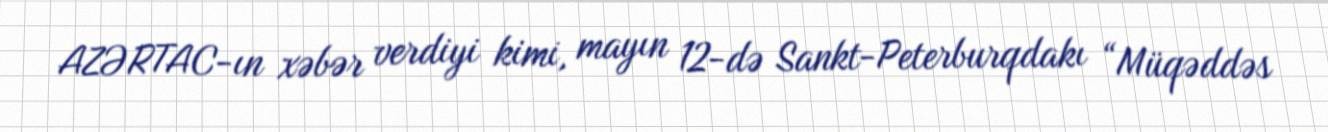
AZƏRTAC-ın xəbər verdiyi kimi, mayın 12-də Sankt-Peterburqdakı “Müqəddəs